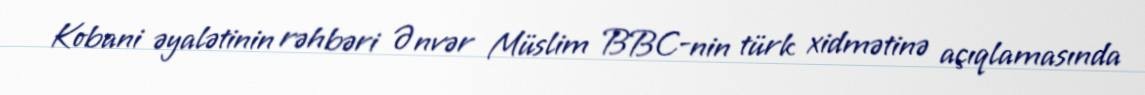
Kobani əyalətinin rəhbəri Ənvər Müslim BBC-nin türk xidmətinə açıqlamasında